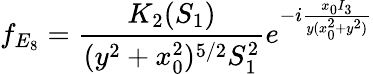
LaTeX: f_{E_{8}}=\frac{K_{2}(S_{1})}{(y^{2}+x_{0}^{2})^{5/2}S_{1}^{2}}e^{-i\frac{x_{0}I_{3}}{y(x_{0}^{2}+y^{2})}}